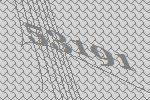
53191